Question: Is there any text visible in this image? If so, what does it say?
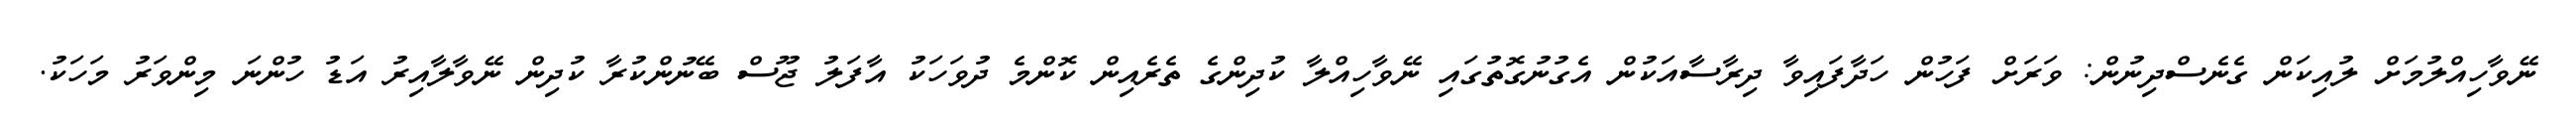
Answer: ނޭވާހިއްލުމަށް ލުއިކަން ގެނެސްދިނުން: ވަރަށް ފަހުން ހަދާފައިވާ ދިރާސާއަކުން އެގުނުގޮތުގައި ނޭވާހިއްލާ ކުދިންގެ ތެރެއިން ކޮންމެ ދުވަހަކު އާފަލު ޖޫސް ބޭނުންކުރާ ކުދިން ނޭވާލާއިރު އަޑު ހުންނަ މިންވަރު މަހަކު.